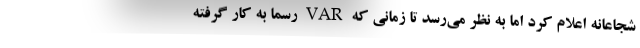
شجاعانه اعلام کرد اما به نظر می‌رسد تا زمانی که VAR رسماً به کار گرفته